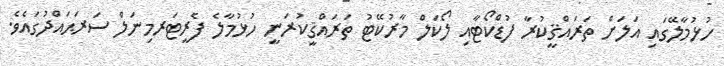
ހުޅުމާލޭގައި އަލަށް ތަރައްޤީކުރާ ފުޑްކޯޓާއި ލޯކަލް މާރުކޭޓު ތަރައްޤީކުރަނީ ހުޅުމާލެ ފެރީޓަރމިނަލް ސަރަޙައްދުގައެވެ.